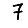
Digit: 7